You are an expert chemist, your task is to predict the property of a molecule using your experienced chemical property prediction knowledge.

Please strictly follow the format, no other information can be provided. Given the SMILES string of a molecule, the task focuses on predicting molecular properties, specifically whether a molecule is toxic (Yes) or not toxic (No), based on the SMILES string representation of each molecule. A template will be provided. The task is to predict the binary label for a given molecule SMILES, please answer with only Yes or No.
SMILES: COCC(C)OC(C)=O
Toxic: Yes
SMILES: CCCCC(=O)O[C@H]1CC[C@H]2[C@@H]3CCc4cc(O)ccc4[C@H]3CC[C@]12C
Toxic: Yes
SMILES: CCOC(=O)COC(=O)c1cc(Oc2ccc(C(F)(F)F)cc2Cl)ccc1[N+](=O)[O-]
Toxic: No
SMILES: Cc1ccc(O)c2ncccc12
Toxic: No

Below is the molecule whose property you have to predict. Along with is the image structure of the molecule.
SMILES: CC(C)=CC(C)(C)C
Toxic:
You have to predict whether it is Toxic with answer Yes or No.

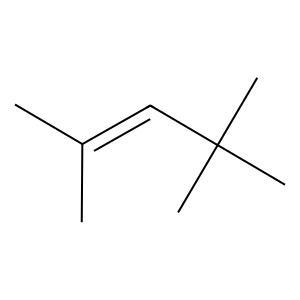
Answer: No